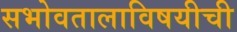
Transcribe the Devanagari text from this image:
सभोवतालाविषयीची